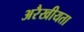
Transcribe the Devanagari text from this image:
अरैखीयता